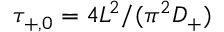
\tau _ { + , 0 } = 4 L ^ { 2 } / ( \pi ^ { 2 } D _ { + } )